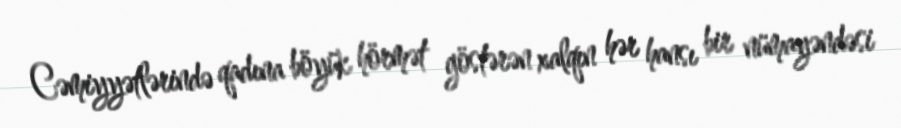
Cəmiyyətlərində qadına böyük hörmət göstərən xalqın hər hansı bir nümayəndəsi